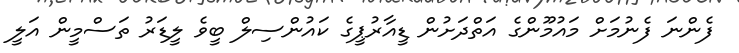
ފެންނަ ފެނުމަށް މައުމޫންގެ އަތްދަށުން ޑީއާރުޕީގެ ކައުންސިލް ބީވެ ލީޑަރު ތަސްމީން އަލީ